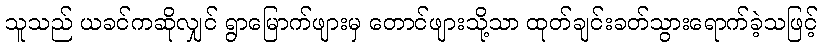
သူသည် ယခင်ကဆိုလျှင် ရွာမြောက်ဖျားမှ တောင်ဖျားသို့သာ ထုတ်ချင်းခတ်သွားရောက်ခဲ့သဖြင့်